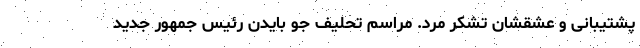
پشتیبانی و عشقشان تشکر مرد. مراسم تحلیف جو بایدن رئیس جمهور جدید